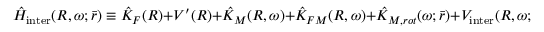
\hat { H } _ { \mathrm { i n t e r } } ( R , \omega ; \bar { r } ) \equiv \hat { K } _ { F } ( R ) + V ^ { \prime } ( R ) + \hat { K } _ { M } ( R , \omega ) + \hat { K } _ { F M } ( R , \omega ) + \hat { K } _ { M , r o t } ( \omega ; \bar { r } ) + V _ { \mathrm { i n t e r } } ( R , \omega ; \bar { r } )